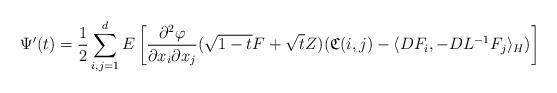
LaTeX: \begin{align*}\Psi'(t)=\frac{1}{2}\sum_{i,j=1}^dE\left[\frac{\partial^2\varphi}{\partial x_i\partial x_j}(\sqrt{1-t}F+\sqrt{t}Z)(\mathfrak{C}(i,j)-\langle DF_i,-DL^{-1}F_j\rangle_H)\right]\end{align*}